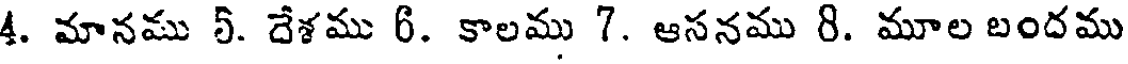
4. మానము 5. దేశము 6. కాలము 7. ఆసనము 8. మూల బందము